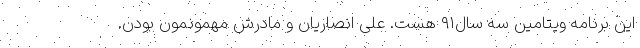
این برنامه ویتامین سه سال‌۹۱ هست. علی انصاریان و مادرش مهمونمون بودن.